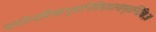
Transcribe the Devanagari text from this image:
पादोस्यविश्वाभूतानित्रिपादस्यामृतन्दिवि॥३॥